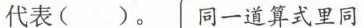
代表( )。同一道算式里同